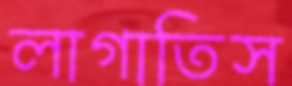
লাগাতিস